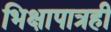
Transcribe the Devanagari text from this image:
भिक्षापात्रही